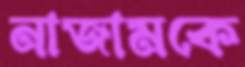
নাজামকে